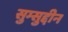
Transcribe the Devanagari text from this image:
सुम्सुद्दीन